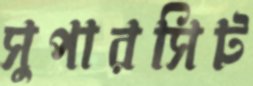
সুপারসিট